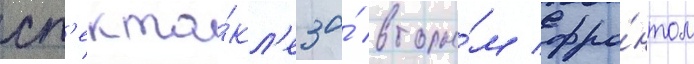
сп'екта́кл'е за́ вторы́м фро́нтом